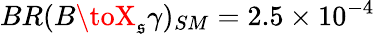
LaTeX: BR(B\toX_{\mathfrak{s}}\gamma)_{SM}=2.5\times10^{-4}